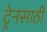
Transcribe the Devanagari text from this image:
ट्रेनसाठी